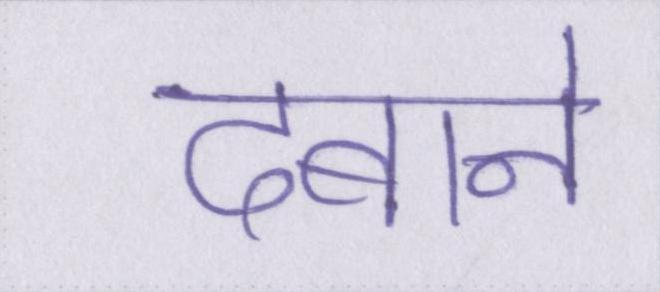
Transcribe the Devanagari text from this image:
दबाने